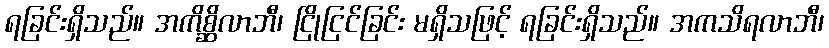
ရခြင်းရှိသည်။ အကိစ္ဆိလာဘီ၊ ငြိုငြင်ခြင်း မရှိသဖြင့် ရခြင်းရှိသည်။ အကသိရလာဘီ၊